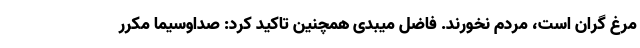
مرغ گران است، مردم نخورند. فاضل میبدی همچنین تاکید کرد: صداوسیما مکرر